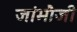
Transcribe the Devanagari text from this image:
जांभौजी